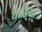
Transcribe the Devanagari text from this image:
थाडिया